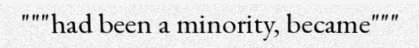
"""had been a minority, became"""